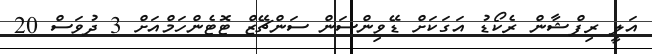
އަލީ ރިފްޝާން ރެކޯޑު އަގަކަށް ޑޭވިންސަން ސަންޗޭޒް ޓޮޓެންހަމްއަށް 3 ދުވަސް 20